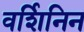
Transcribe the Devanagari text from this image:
वर्शिनिन